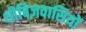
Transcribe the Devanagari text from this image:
थीबिज़वासियों